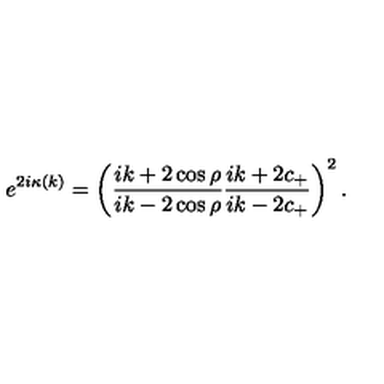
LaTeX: e ^ { 2 i \kappa ( k ) } = \left( \frac { i k + 2 \cos \rho } { i k - 2 \cos \rho } \frac { i k + 2 c _ { + } } { i k - 2 c _ { + } } \right) ^ { 2 } .